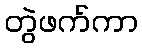
တွဲဖက်ကာ